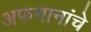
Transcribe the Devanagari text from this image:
अफगानांचे